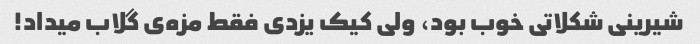
شیرینی شکلاتی خوب بود، ولی کیک یزدی فقط مزه‌ی گلاب میداد!